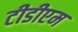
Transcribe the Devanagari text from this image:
टीडीएम